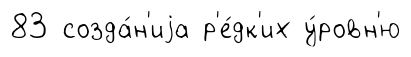
83 созда́н'иjа р'е́дк'их у́ровн'ю